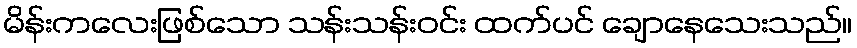
မိန်းကလေးဖြစ်သော သန်းသန်းဝင်း ထက်ပင် ချောနေသေးသည်။